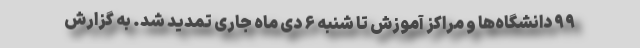
۹۹ دانشگاه‌ها و مراکز آموزش تا شنبه ۶ دی ماه جاری تمدید شد. به گزارش